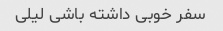
سفر خوبی داشته باشی لیلی